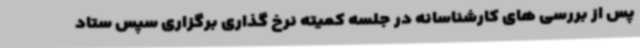
پس از بررسی های کارشناسانه در جلسه کمیته نرخ گذاری برگزاری سپس ستاد